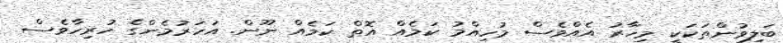
ބަލިވުންތަކަކީ މިހާރު އެއްވެސް މުހިއްމު ކަމެއް އޮތް ކަމެއް ނޫން. އަހަރުމެންގެ ހުރިހާވެސް